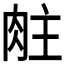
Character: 𬚶